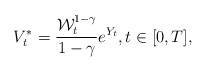
\begin{align*} V^*_t = \frac{\mathcal{W}_t^{1-\gamma}}{1-\gamma} e^{Y_t}, t\in[0,T],\end{align*}